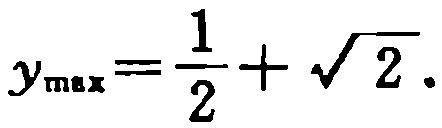
\(y_{\max}=\frac{1}{2}+\sqrt{2}.\)